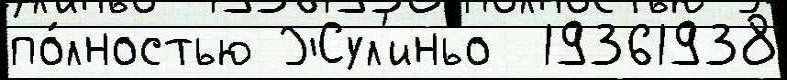
по́лностью Жул'иньо  19361938